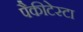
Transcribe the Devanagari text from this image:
पैकीटेस्टा